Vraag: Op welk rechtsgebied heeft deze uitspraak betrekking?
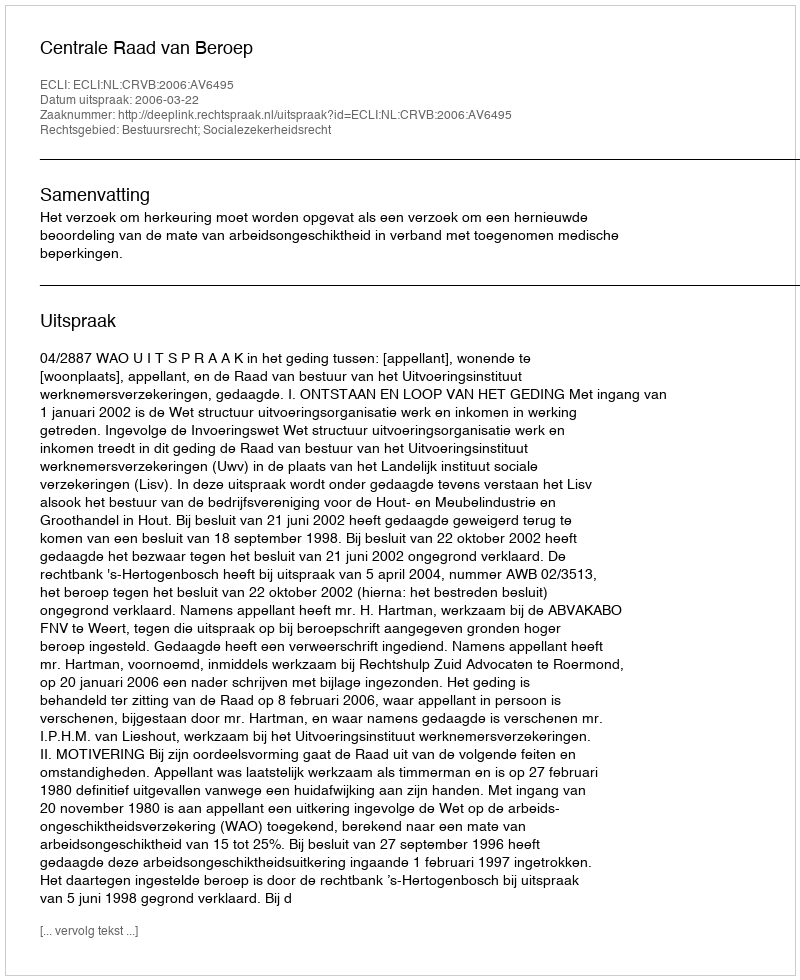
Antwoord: Bestuursrecht; Socialezekerheidsrecht